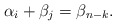
\begin{align*} \alpha_i + \beta_j = \beta_{n-k}. \end{align*}